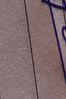
Signature authenticity: genuine